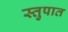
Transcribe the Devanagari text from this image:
स्तुपात